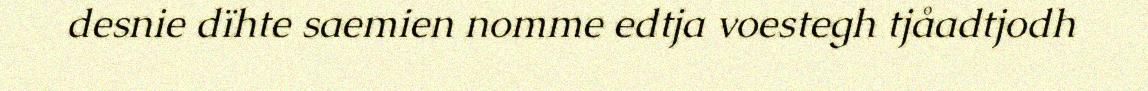
desnie dïhte saemien nomme edtja voestegh tjåadtjodh